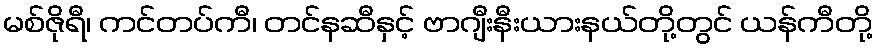
မစ်ဇိုရီ၊ ကင်တပ်ကီ၊ တင်နဆီနှင့် ဗာဂျီးနီးယားနယ်တို့တွင် ယန်ကီတို့